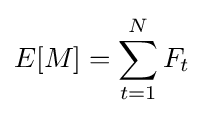
E[M]=\sum _{t=1}^{N}F_{t}